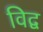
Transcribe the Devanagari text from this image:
विद्व